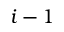
i - 1